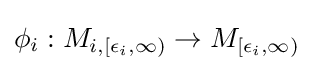
\phi _{i}:M_{i,[\epsilon _{i},\infty )}\rightarrow M_{[\epsilon _{i},\infty )}